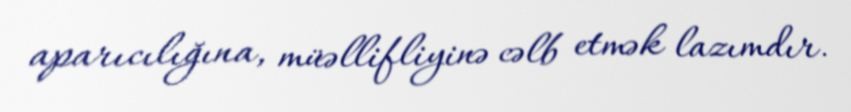
aparıcılığına, müəllifliyinə cəlb etmək lazımdır.